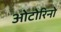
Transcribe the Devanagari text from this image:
ओटोरिनो